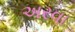
અરવા